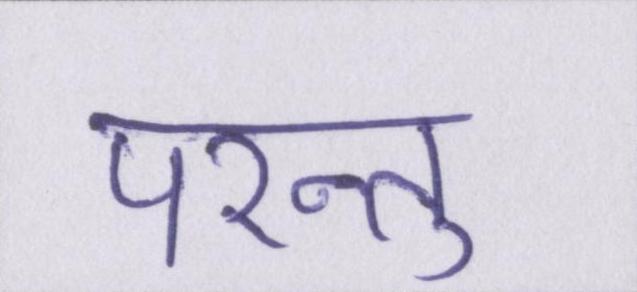
परन्तु